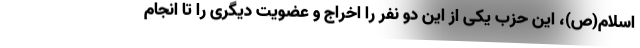
اسلام(ص)، این حزب یکی از این دو نفر را اخراج و عضویت دیگری را تا انجام